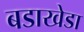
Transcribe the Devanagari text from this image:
बडाखेडा